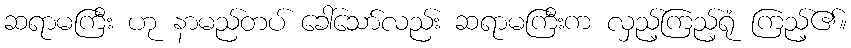
ဆရာမကြီး ဟု နာမည်တပ် ခေါ်သော်လည်း ဆရာမကြီးက လှည့်ကြည့်ရုံ ကြည့်၏။